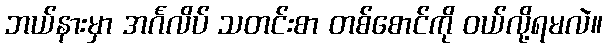
ဘယ်နားမှာ အင်္ဂလိပ် သတင်းစာ တစ်စောင်ကို ဝယ်လို့ရမလဲ။